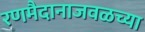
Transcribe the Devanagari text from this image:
रणमैदानाजवळच्या